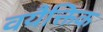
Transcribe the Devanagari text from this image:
वयैक्तिक